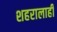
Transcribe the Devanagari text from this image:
शहरालाही